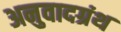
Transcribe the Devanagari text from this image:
अनुवादग्रंथ